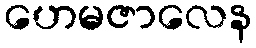
ဟေမဇာလေန